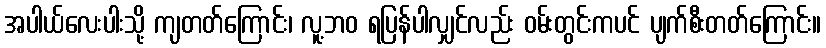
အပါယ်လေးပါးသို့ ကျတတ်ကြောင်း၊ လူ့ဘဝ ရပြန်ပါလျှင်လည်း ဝမ်းတွင်းကပင် ပျက်စီးတတ်ကြောင်း။